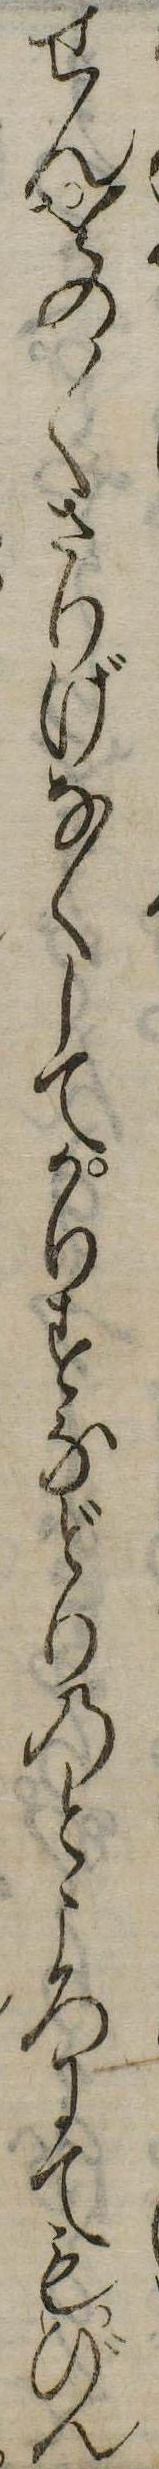
せんをの〱さりげなくしてかりすなどりのところにてもびん